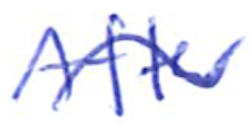
Text: After
Cross-out: wave
Writing tool: ballpoint